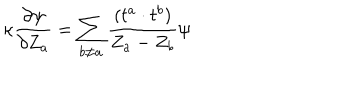
\kappa \frac { \partial \psi } { \partial Z _ { a } } = \sum _ { b \neq a } \frac { ( t ^ { a } \cdot t ^ { b } ) } { Z _ { a } - Z _ { b } } \psi